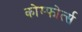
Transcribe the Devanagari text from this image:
कोम्फोर्त्स